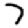
Digit: 7